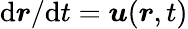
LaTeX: \mathrm{d}\boldsymbol{r}/\mathrm{d}t=\boldsymbol{u}(\boldsymbol{r},t)